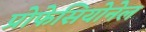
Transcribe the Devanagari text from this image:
प्रोफेसियोनेल